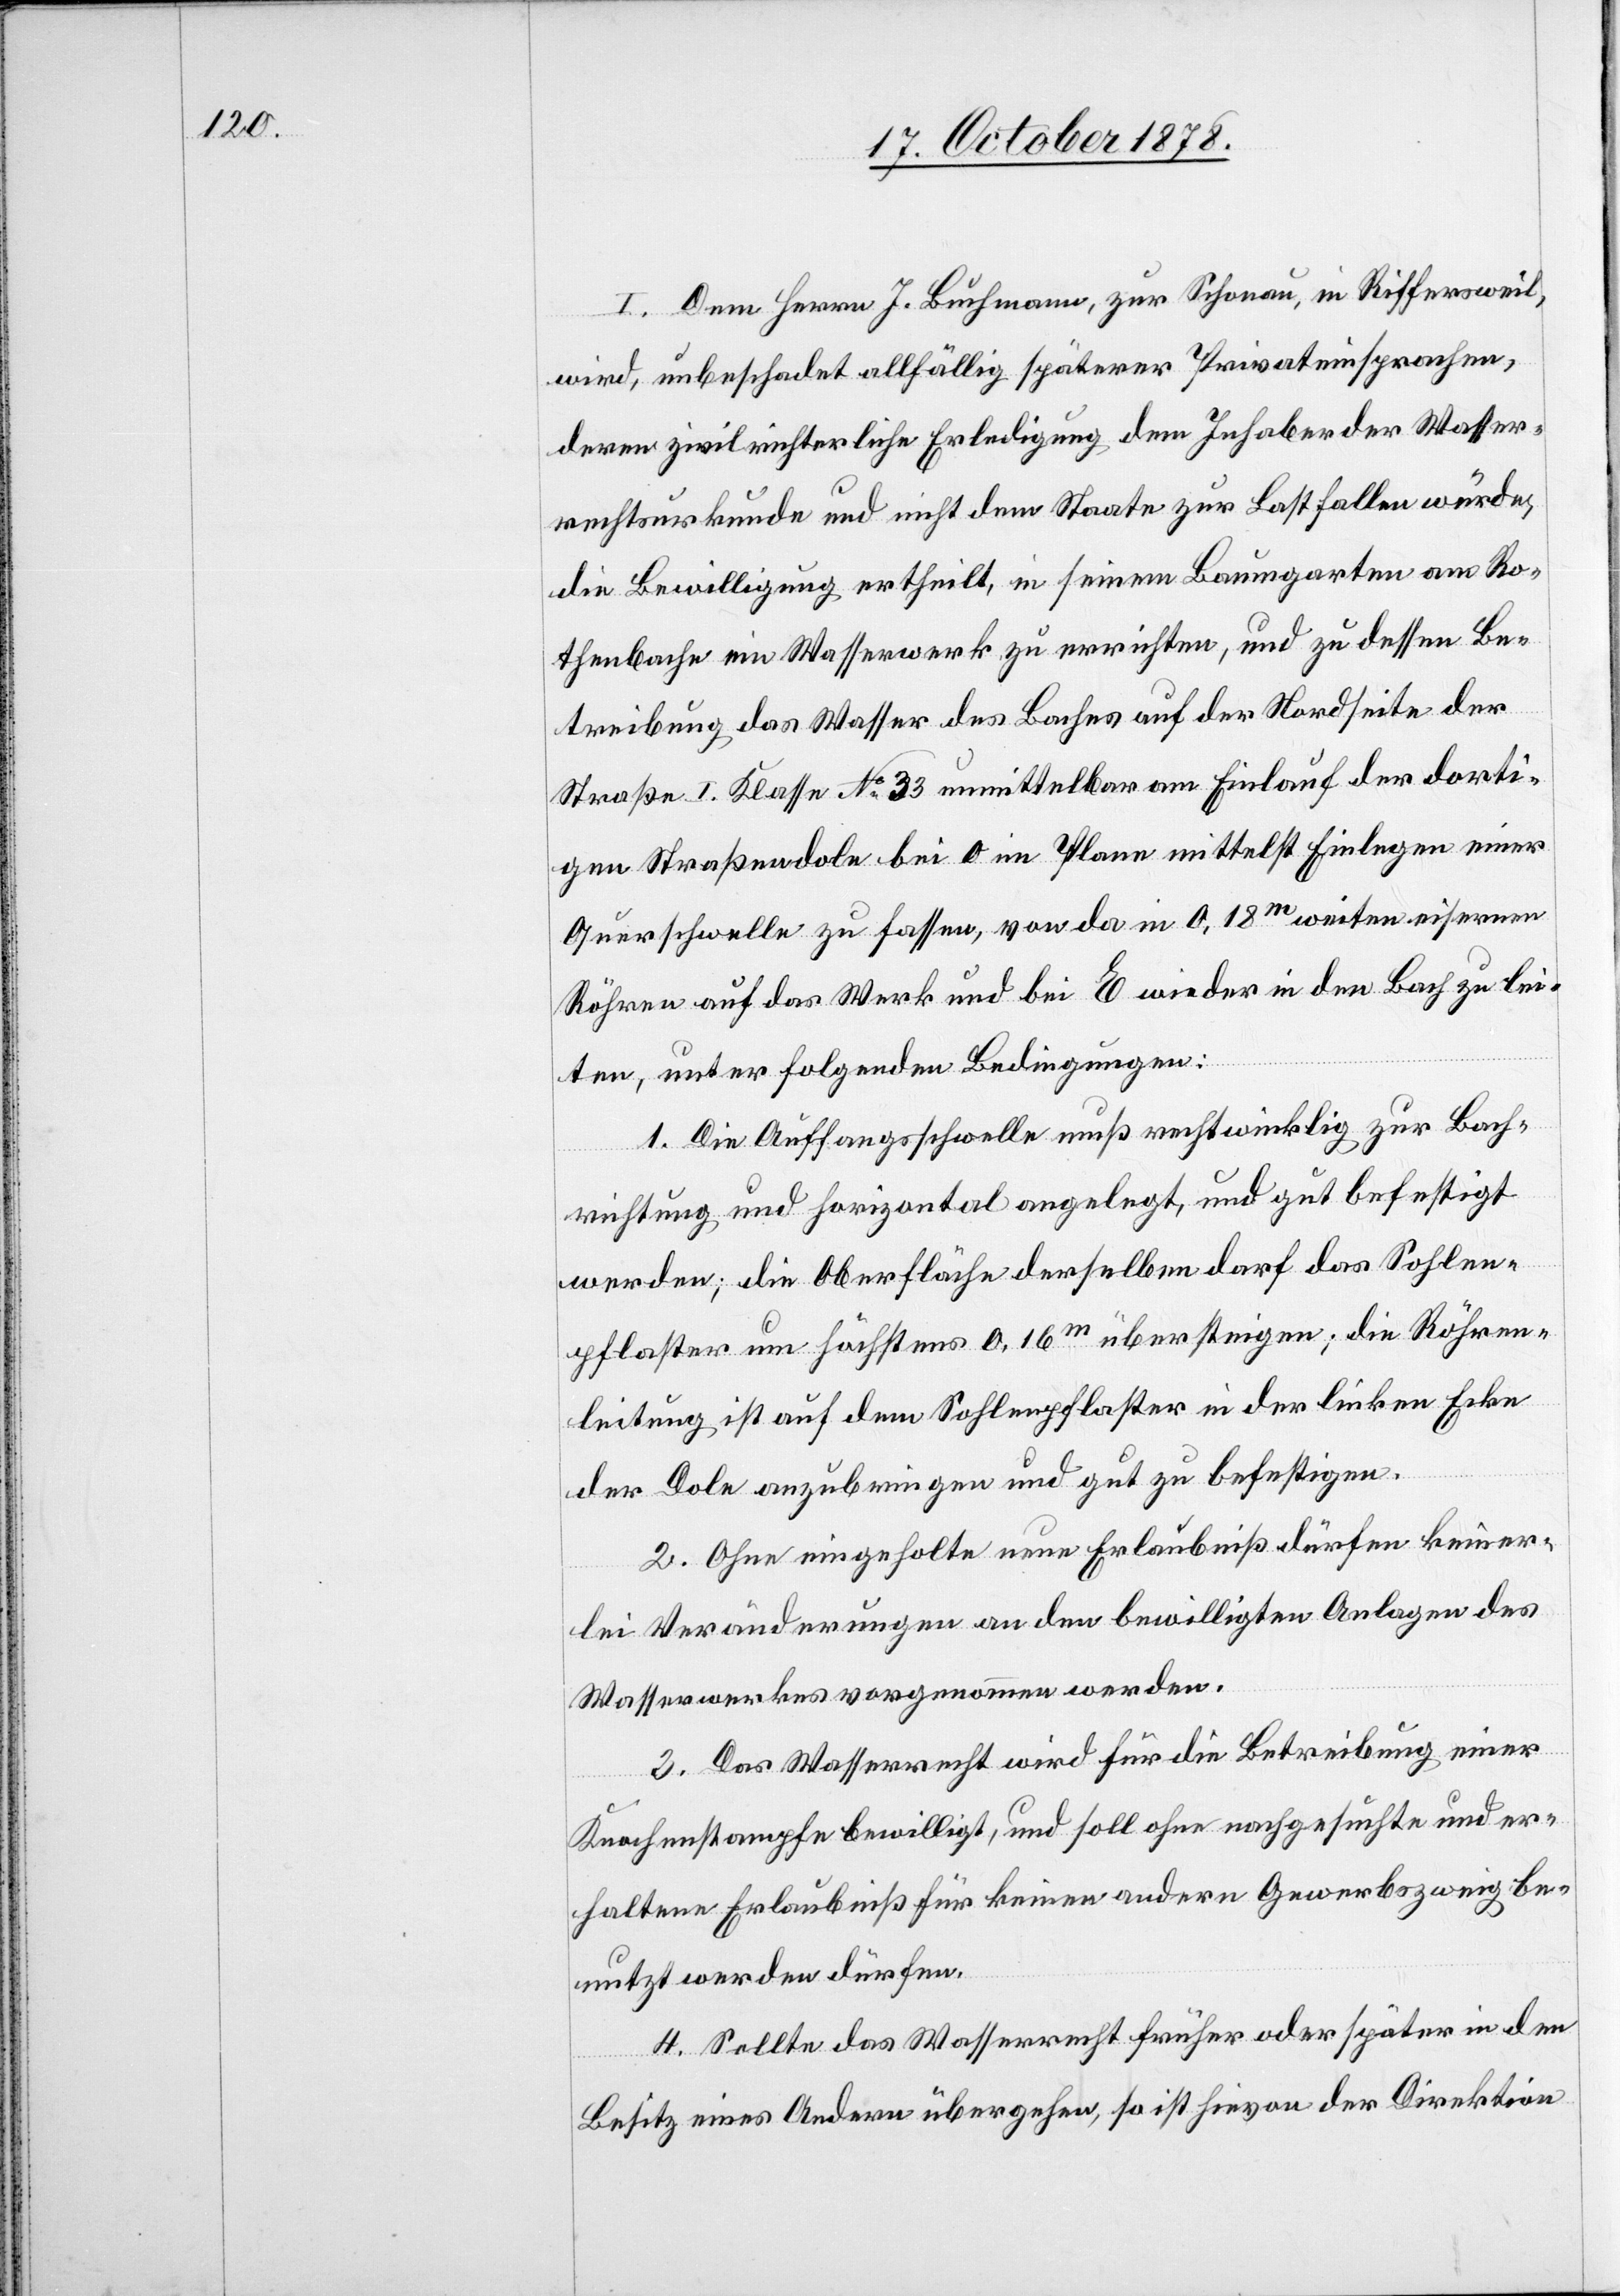
I. Dem Herrn J. Buchmann, zur Schonau, in Riffersweil,
wird, unbeschadet allfällig späterer Privateinsprachen,
deren zivilrichterliche Erledigung dem Inhaber der Wasser¬
rechtsurkunde und nicht dem Staate zur Last fallen würde,
die Bewilligung ertheilt, in seinem Baumgarten am Ro¬
thenbache ein Wasserwerk zu errichten, und zu dessen Be¬
treibung das Wasser des Baches auf der Nordseite der
Straße I. Klasse No 33 unmittelbar am Einlauf der dorti¬
gen Straßendole bei O im Plane mittelst Einlegen einer
Querschwelle zu fassen, von da in 0.18m weiten eisernen
Röhren auf das Werk und bei E wieder in den Bach zu lei¬
ten, unter folgenden Bedingungen:
1. Die Auffangsschwelle muß rechtwinklig zur Bach¬
richtung und horizontal angelegt, und gut befestigt
werden; die Oberfläche derselben darf das Sohlen¬
pflaster um höchstens 0.16m übersteigen; die Röhren¬
leitung ist auf dem Sohlenpflaster in der linken Ecke
der Dole anzubringen und gut zu befestigen.
2. Ohne eingeholte neue Erlaubniß dürfen keiner¬
lei Veränderungen an den bewilligten Anlagen des
Wasserwerkes vorgenommen werden.
3. Das Wasserrecht wird für die Betreibung einer
Knochenstampfe bewilligt, und soll ohne nachgesuchte und er¬
haltene Erlaubniß für keinen andern Gewerbezweig be¬
nutzt werden dürfen.
4. Sollte das Wasserrecht früher oder später in den
Besitz eines Andern übergehen, so ist hievon der Direktion